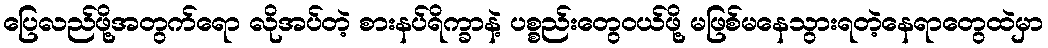
ပြေလည်ဖို့အတွက်ရော လိုအပ်တဲ့ စားနပ်ရိက္ခာနဲ့ ပစ္စည်းတွေဝယ်ဖို့ မဖြစ်မနေသွားရတဲ့နေရာတွေထဲမှာ